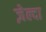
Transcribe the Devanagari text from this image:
ज़ेल्दा